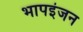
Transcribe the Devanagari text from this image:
भापइंजन